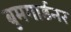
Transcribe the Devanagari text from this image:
बुमगार्डनर